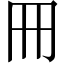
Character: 𠕁